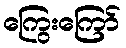
ကြွေးကြော်